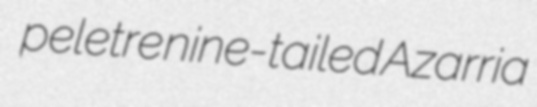
peletre nine-tailed Azarria